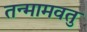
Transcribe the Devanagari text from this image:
तन्मामवतु